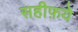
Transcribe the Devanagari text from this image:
सहीफ़ये